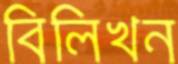
বিলিখন